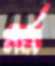
নর্ম